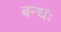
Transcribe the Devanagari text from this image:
बन्धः